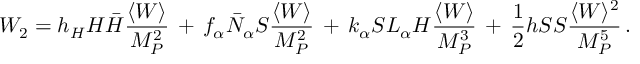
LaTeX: W _ { 2 } = h _ { H } H \bar { H } \frac { \langle W \rangle } { M _ { P } ^ { 2 } } \, + \, f _ { \alpha } \bar { N } _ { \alpha } S \frac { \langle W \rangle } { M _ { P } ^ { 2 } } \, + \, k _ { \alpha } S L _ { \alpha } H \frac { \langle W \rangle } { M _ { P } ^ { 3 } } \, + \, \frac { 1 } { 2 } h S S \frac { \langle W \rangle ^ { 2 } } { M _ { P } ^ { 5 } } \, .